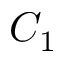
C _ { 1 }